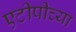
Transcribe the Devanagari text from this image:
एटीपीच्या